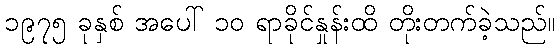
၁၉၇၅ ခုနှစ် အပေါ် ၁၀ ရာခိုင်နှုန်းထိ တိုးတက်ခဲ့သည်။